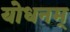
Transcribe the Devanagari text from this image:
योधनम्